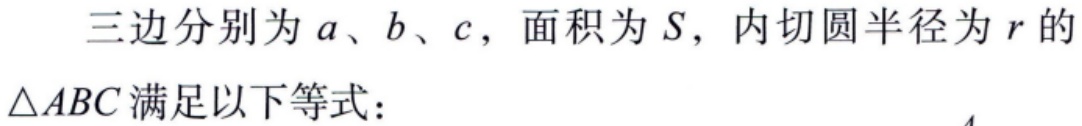
三边分别为 \(a\)、\(b\)、\(c\)，面积为 \(S\)，内切圆半径为 \(r\) 的\(\triangle ABC\)满足以下等式：